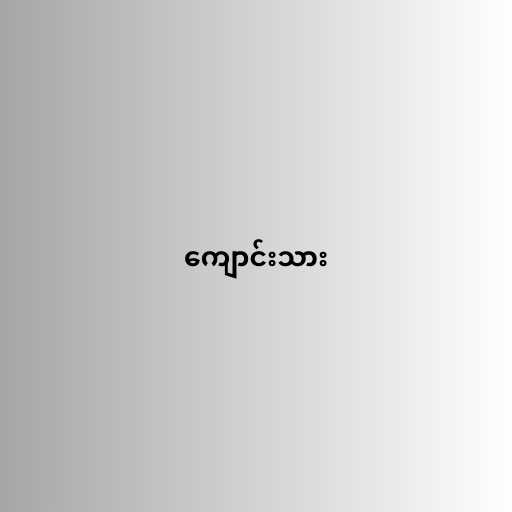
ကျောင်းသား